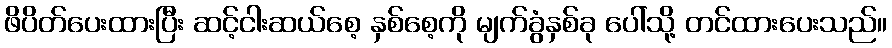
ဖိပိတ်ပေးထားပြီး ဆင့်ငါးဆယ်စေ့ နှစ်စေ့ကို မျက်ခွံနှစ်ခု ပေါ်သို့ တင်ထားပေးသည်။